Civil Veterinary Department. Madras. Admin. report 1926-33 - 1926-1933
Year: 1926
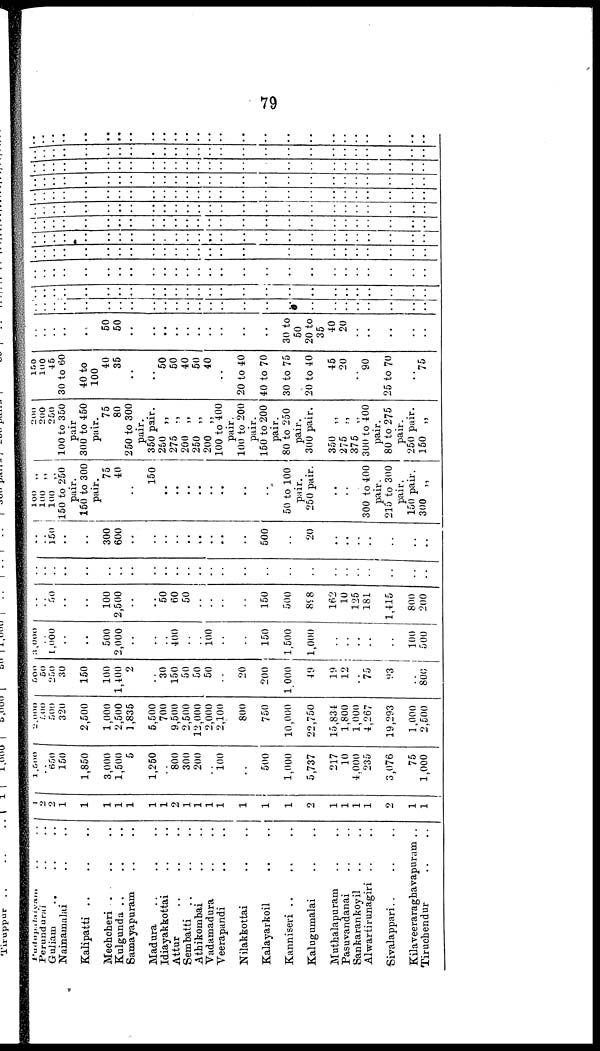
79
Pundupalaiyan .. ..
Perundurai .. ..
Galiam .. .. ..
Nainamalai .. ..
Kalipatti
..
..
..
Mechcheri
..
..
..
Kulgunda .. .. ..
Samayapuram .. ..
Madura .. .. ..
Idiayakkottai .. ..
Attur
..
..
..
Sembatti .. .. ..
Athikombai .. ..
Vadamadura .. ..
Veerapandi .. ..
Nilakkottai .. ..
Kalayarkoil .. ..
Kanniseri .. .. ..
Kalugumalai .. ..
Muthalapuram .. ..
Pasuvandanai .. ..
Sankarankoyil .. ..
Alwartirunagiri .. ..
Sivalappari.. .. ..
Kilaveeraraghavapuram ..
Tiruehendur .. ..
1
2
2
1
1
1
1
1
1
1
2
1
1
1
1
1
1
1
2
1
1
1
1
2
1
1
1,500
.. 650
150
1,850
3,000
1,500
5
1,250
..
800
300
200
100
..
500
1,000
5,737
217
10
4,000
235
3,076
75
1,000
2,000
500
500
320
2,500
1,000
2,500
1,835
5,500
700
9,500
2,500
12,000
2,000
2,100
800
750
10,000
22,750
15,834
1,800
1,000
4,267
19,293
1,000
2,500
500
so
250
30
150
100
1,400
2
..
30
150
50
50
50
..
20
200
1 000
49
19
12
75
93
..
800
3,000
1,000
..
..
500
2,000
..
..
400
..
..
100
..
..
150
1,500
1,000
..
..
..
..
100
500
..
50
..
..
100
2,500
..
..
50
60
50
..
..
..
..
150
500
898
162
10
125
181
1,415
800
200
..
..
..
..
..
..
..
..
..
..
..
..
..
..
..
..
..
..
..
..
..
..
..
..
..
..
150
..
..
300
600
..
..
..
..
..
..
..
..
..
500
..
20
..
..
..
..
..
..
..
100 ..
100 „
100 „
150 to 250
pair.
150 to 300
pair.
75
40
..
150
..
..
..
..
..
..
..
....
50 to 100
pair.
250 pair.
..
..
300 to 400
pair.
215 to 300
pair.
150 pair.
300 „
200
200
250
100 to 350
pair
300 to 450
pair.
75
80
250 to 300
pair.
350 pair.
250 „
275 „
200 „
250 „
200 „
100 to 400
pair.
100 to 200
pair.
150 to 200
pair.
80 to 250
pair.
300 pair.
350 „
275 „
375 „
300 to 400
pair.
80 to 275
pair.
250 pair.
150 „
150
100
45
30 to 60
40 to
100
40
35
..
..
50
50
40
50
40
..
20 to 40
40 to 70
30 to 75
20 to 40
45
20
..
"90
25 to 70
..
75
..
..
..
..
..
.. 50
50
..
..
..
..
..
..
..
..
..
..
30 to
50
20 to
35
40
20
..
..
..
..
..
..
..
..
..
..
..
..
..
..
..
..
..
..
..
..
..
..
..
..
..
..
..
..
..
..
..
..
..
..
..
..
..
..
..
..
..
..
..
..
..
..
..
..
..
..
..
..
..
..
..
..
..
..
..
..
..
..
..
..
..
..
..
..
..
..
..
..
..
..
..
..
..
..
..
..
..
..
..
..
..
..
..
..
..
..
..
..
..
..
..
..
..
..
..
..
..
..
..
..
..
..
..
..
..
..
..
..
..
..
..
..
..
..
..
..
..
..
..
..
..
..
..
..
..
..
..
..
..
..
..
..
..
..
..
..
..
..
..
..
..
..
..
..
..
..
..
..
..
..
..
..
..
..
..
..
..
..
..
..
..
..
..
..
..
..
..
..
..
..
..
..
..
..
..
..
..
..
..
..
..
..
..
..
..
..
..
..
..
..
..
..
..
..
..
..
..
..
..
..
..
..
..
..
..
..
..
..
..
..
..
..
..
..
..
..
..
..
..
..
..
..
..
..
..
..
..
..
..
..
..
..
..
..
..
..
..
..
..
..
..
..
..
..
..
..
..
..
..
..
..
..
..
..
..
..
..
..
..
..
..
..
..
..
..
..
..
..
..
..
..
..
..
..
..
..
..
..
..
..
..
..
..
..
..
..
..
..
..
..
..
..
..
..
..
..
..
..
..
..
..
..
..
..
..
..
..
..
..
..